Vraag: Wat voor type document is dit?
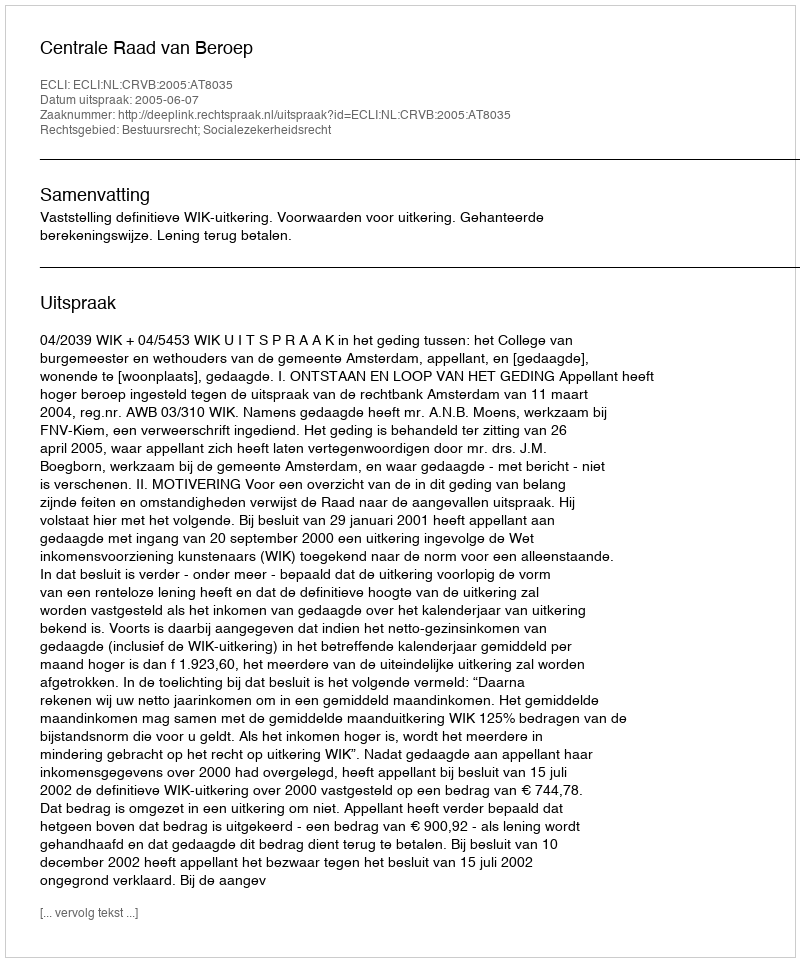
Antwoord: Uitspraak